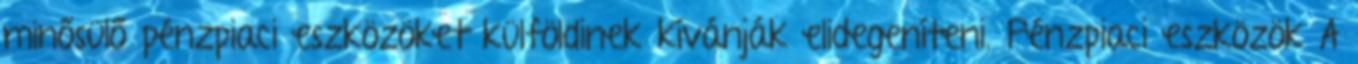
minősülő pénzpiaci eszközöket külföldinek kívánják elidegeníteni. Pénzpiaci eszközök A